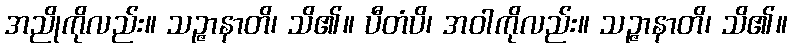
အညိုကိုလည်း။ သဉ္ဇာနာတိ၊ သိ၏။ ပီတံပိ၊ အဝါကိုလည်း။ သဉ္ဇာနာတိ၊ သိ၏။